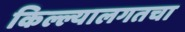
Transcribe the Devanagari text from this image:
किल्ल्यालगतचा